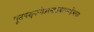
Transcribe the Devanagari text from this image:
भूतपञ्चकमेतस्माद्धयवरण्महेश्वरात्।